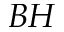
B H